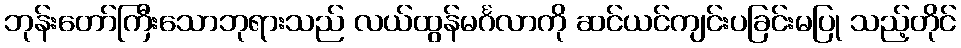
ဘုန်းတော်ကြီးသောဘုရားသည် လယ်ထွန်မင်္ဂလာကို ဆင်ယင်ကျင်းပခြင်းမပြု သည့်တိုင်